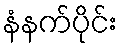
နံနက်ပိုင်း